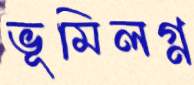
ভূমিলগ্ন